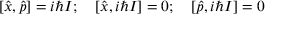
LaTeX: [ { \hat { x } } , { \hat { p } } ] = i \hbar I ; \quad [ { \hat { x } } , i \hbar I ] = 0 ; \quad [ { \hat { p } } , i \hbar I ] = 0